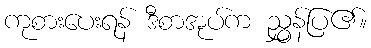
ကုစားပေးရန် ဒီစာအုပ်က ညွှန်ပြ၏။